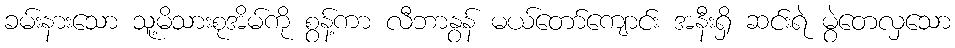
ခမ်းနားသော သူ့မိသားစုအိမ်ကို စွန့်ကာ လီဘာနွန် မယ်တော်ကျောင်း အနီးရှိ ဆင်းရဲ မွဲတေလှသော